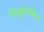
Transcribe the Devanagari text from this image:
नियूवेनकैम्प